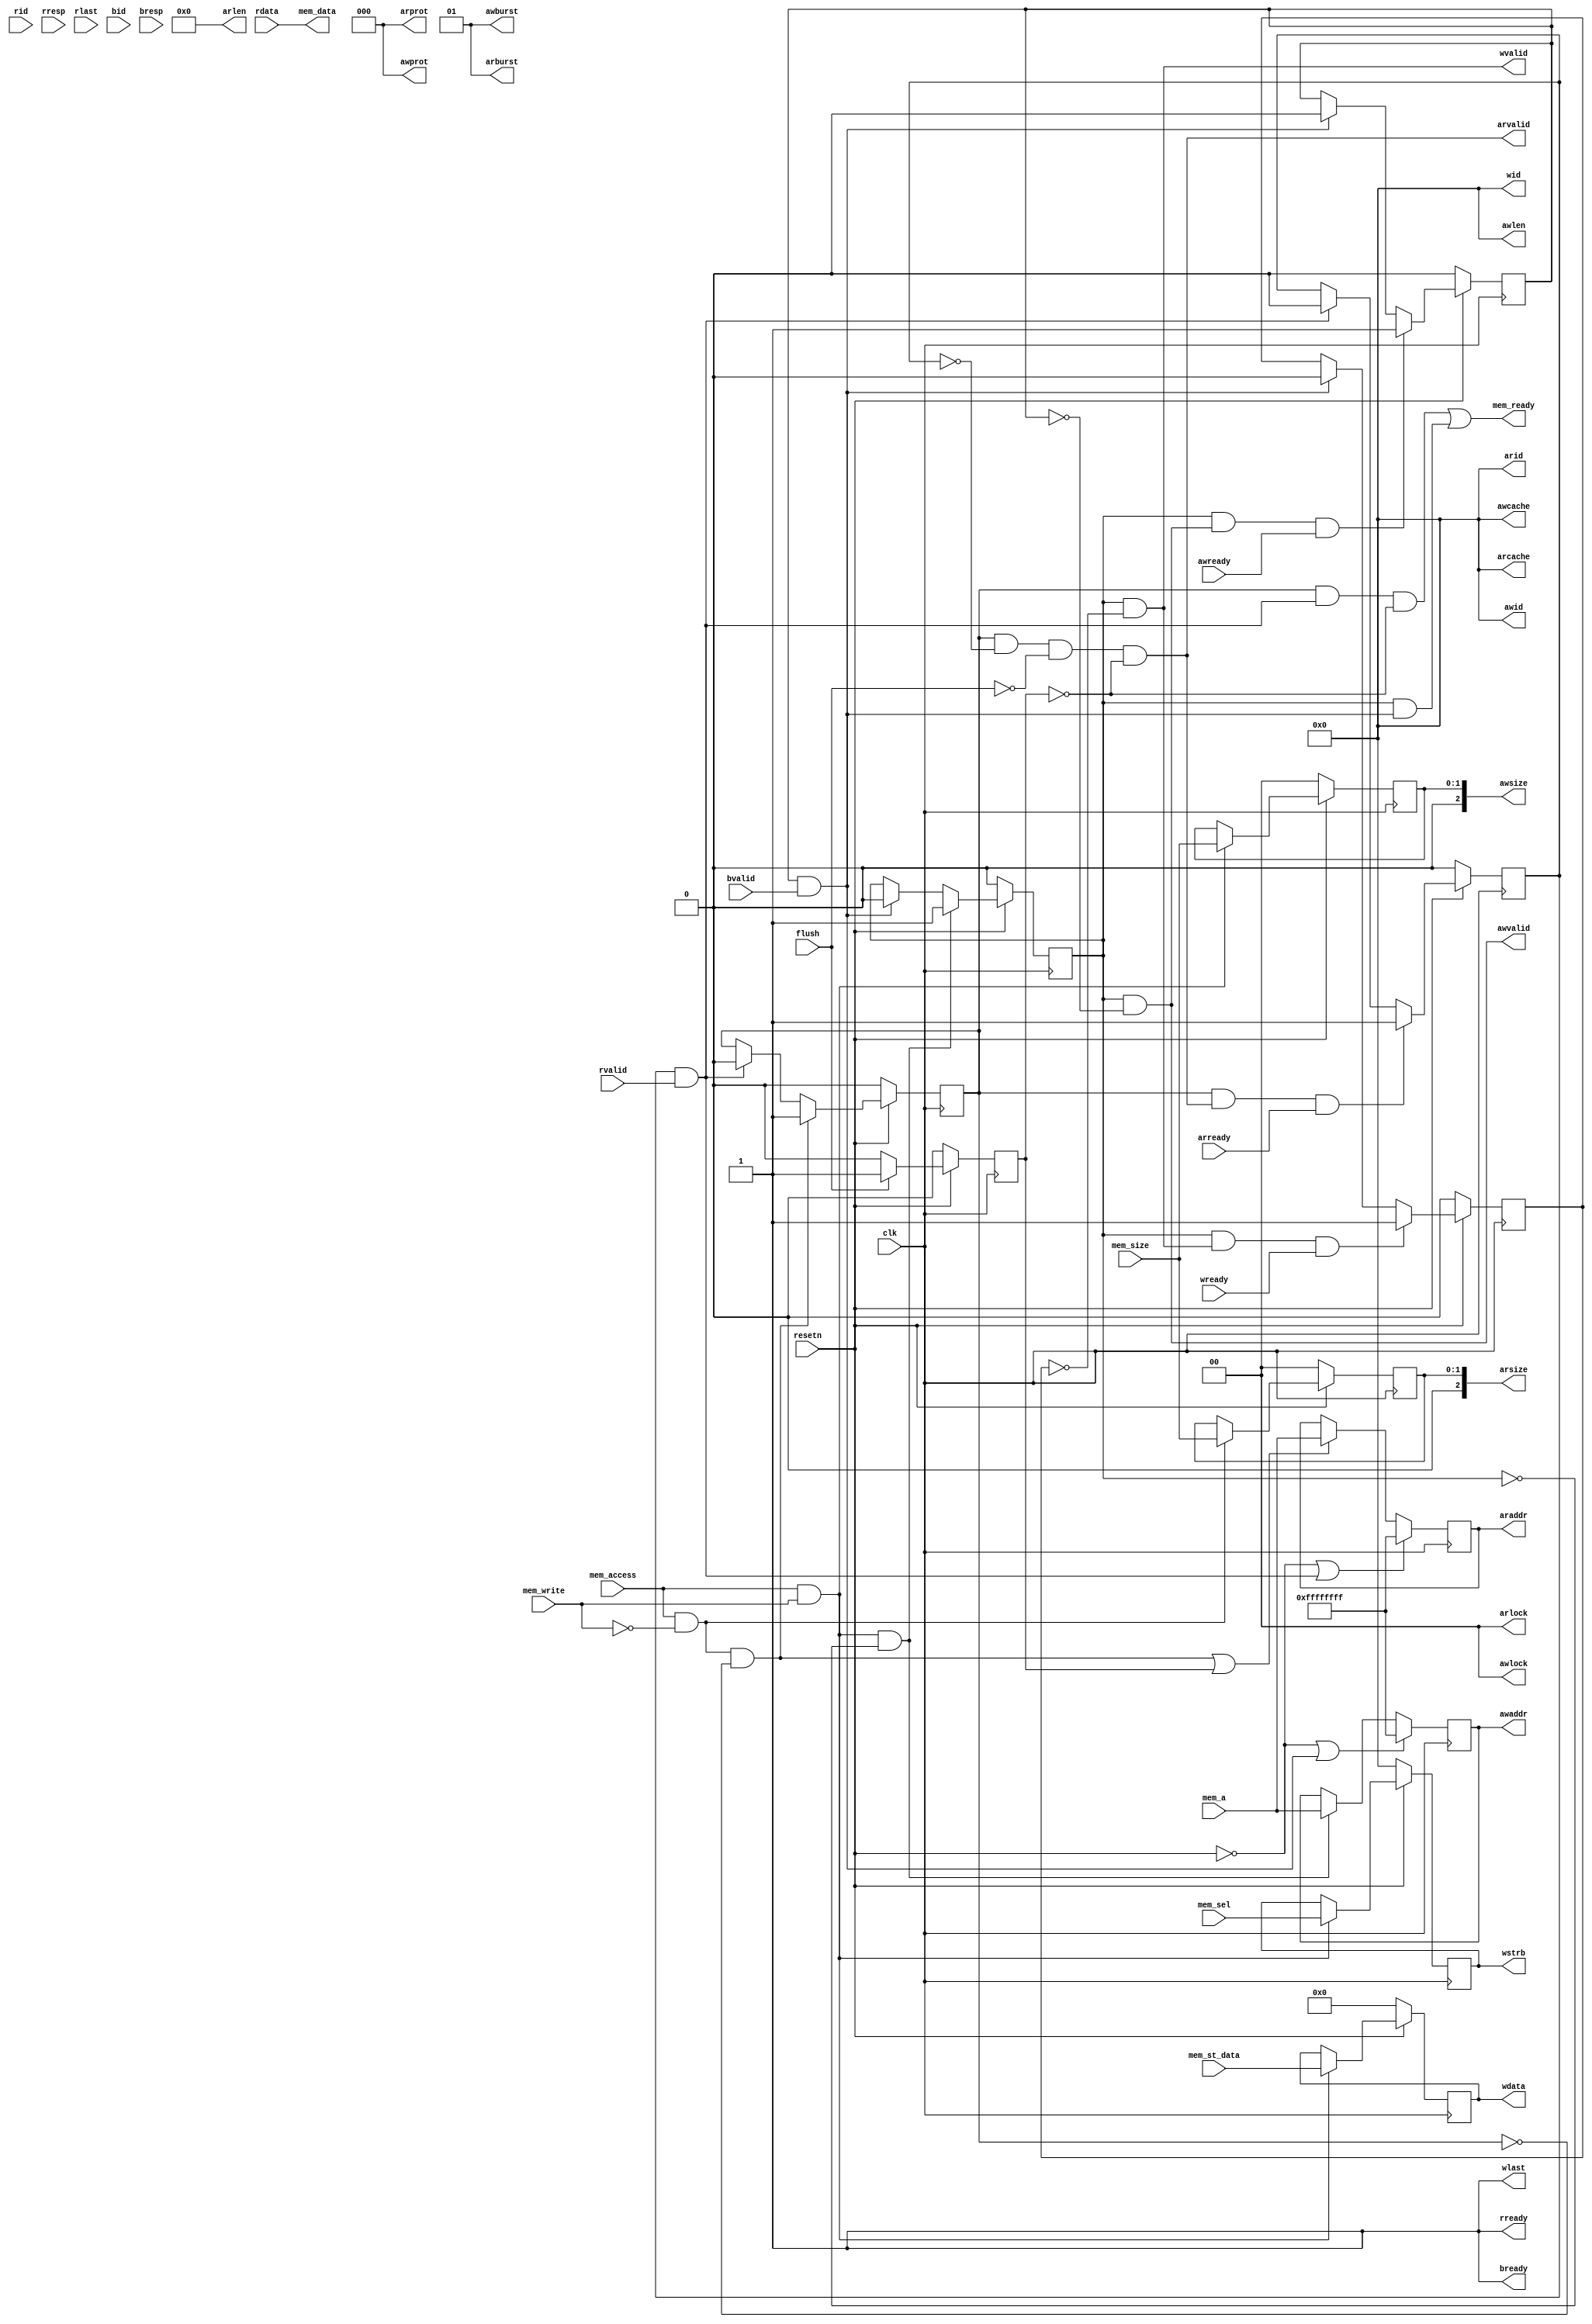
`timescale 1ns / 1ps
//////////////////////////////////////////////////////////////////////////////////
// Company: 
// Engineer: 
// 
// Design Name: 
// Module Name: axi_interface
// Project Name: 
// Target Devices: 
// Tool Versions: 
// Description: 
// 
// Dependencies: 
// 
// Revision:
// Revision 0.01 - File Created
// Additional Comments:
// 
//////////////////////////////////////////////////////////////////////////////////


module axi_interface(
    input wire clk,
    input wire resetn,
    
    //cache port
    input wire[31:0] mem_a,
    input wire mem_access,
    input wire mem_write,
    input wire[1:0] mem_size,
    input wire[3:0] mem_sel,
    output wire mem_ready,
    input wire[31:0] mem_st_data,
    output wire[31:0] mem_data,

    input wire flush,

    // axi port
    //ar
    output wire[3:0] arid,      //read request id, fixed 4'b0
    output wire[31:0] araddr,   //read request address
    output wire[7:0] arlen,     //read request transfer length(beats), fixed 4'b0
    output wire[2:0] arsize,    //read request transfer size(bytes per beats)
    output wire[1:0] arburst,   //transfer type, fixed 2'b01
    output wire[1:0] arlock,    //atomic lock, fixed 2'b0
    output wire[3:0] arcache,   //cache property, fixed 4'b0
    output wire[2:0] arprot,    //protect property, fixed 3'b0
    output wire arvalid,        //read request address valid
    input wire arready,         //slave end ready to receive address transfer
    //r              
    input wire[3:0] rid,        //equal to arid, can be ignored
    input wire[31:0] rdata,     //read data
    input wire[1:0] rresp,      //this read request finished successfully, can be ignored
    input wire rlast,           //the last beat data for this request, can be ignored
    input wire rvalid,          //read data valid
    output wire rready,         //master end ready to receive data transfer
    //aw           
    output wire[3:0] awid,      //write request id, fixed 4'b0
    output wire[31:0] awaddr,   //write request address
    output wire[3:0] awlen,     //write request transfer length(beats), fixed 4'b0
    output wire[2:0] awsize,    //write request transfer size(bytes per beats)
    output wire[1:0] awburst,   //transfer type, fixed 2'b01
    output wire[1:0] awlock,    //atomic lock, fixed 2'b01
    output wire[3:0] awcache,   //cache property, fixed 4'b01
    output wire[2:0] awprot,    //protect property, fixed 3'b01
    output wire awvalid,        //write request address valid
    input wire awready,         //slave end ready to receive address transfer
    //w          
    output wire[3:0] wid,       //equal to awid, fixed 4'b0
    output wire[31:0] wdata,    //write data
    output wire[3:0] wstrb,     //write data strobe select bit
    output wire wlast,          //the last beat data signal, fixed 1'b1
    output wire wvalid,         //write data valid
    input wire wready,          //slave end ready to receive data transfer
    //b              
    input  wire[3:0] bid,       //equal to wid,awid, can be ignored
    input  wire[1:0] bresp,     //this write request finished successfully, can be ignored
    input wire bvalid,          //write data valid
    output wire bready          //master end ready to receive write response

    );
    reg [3:0] write_wen;
    reg  read_req;
	reg  write_req;
	reg  [1:0]  read_size;
	reg  [1:0]  write_size;
	reg  [31:0] read_addr;
	reg  [31:0] write_addr;
	reg  [31:0] write_data;
	reg  read_addr_finish;
	reg  write_addr_finish;
	reg  write_data_finish;
		
	wire read_finish;
	wire write_finish;

    wire read = mem_access && ~mem_write;
    wire write = mem_access && mem_write;

    reg flush_reg;

    always @(posedge clk) begin
        flush_reg <= ~resetn ? 1'b0:
                    flush ? 1'b1:
                    1'b0; 
    end

    always @(posedge clk) begin

        read_req   <= (~resetn) ? 1'b0 :
				 	  (read && ~read_req) ? 1'b1 :
			 		  (read_finish) ? 1'b0 : 
					  read_req;

        read_addr <= (~resetn || read_finish) ? 32'hffffffff : 
	                 (read && ~read_req || flush_reg) ? mem_a :
	                 read_addr;

        read_size  <= (~resetn) ? 2'b00 :
					  (read) ? mem_size :
					  read_size;

        write_req  <= (~resetn) ? 1'b0 :
					  (write && ~write_req) ? 1'b1 :
					  (write_finish) ? 1'b0 : 
					  write_req;

        write_addr <= (~resetn || write_finish) ? 32'hffffffff : 
                      (write && ~write_req) ? mem_a :                     
                      write_addr;

        write_size <= (~resetn) ? 2'b00 :
					  (write) ? mem_size :
					  write_size;

        write_wen <= (~resetn) ? 4'b0000 :
                    (write) ? mem_sel:
                    write_wen;

        write_data <= (~resetn) ? 32'b0 :
                    (write) ? mem_st_data:
                    write_data;
    end

    always @(posedge clk) begin
		read_addr_finish  <= (~resetn) ? 1'b0 :
		                     (read_req && arvalid && arready) ? 1'b1 :
						 	 (read_finish) ? 1'b0 :
					 		 read_addr_finish;
		write_addr_finish <= (~resetn) ? 1'b0 :
							 (write_req && awvalid && awready) ? 1'b1 :
							 (write_finish) ? 1'b0 :
							 write_addr_finish;
		write_data_finish <= (~resetn) ? 1'b0 :
							 (write_req && wvalid && wready) ? 1'b1 :
							 (write_finish) ? 1'b0 :
							 write_data_finish;
	end


    assign mem_ready = read_req && read_finish && ~flush_reg|| write_req && write_finish;
	
	assign mem_data = rdata;	

    assign read_finish = read_addr_finish && rvalid && rready;
	assign write_finish = write_addr_finish && bvalid && bready;
		
	
	assign arid = 4'b0;
	assign araddr = read_addr;
    assign arlen = 8'b0;
	assign arsize = read_size;
    assign arburst = 2'b01;
    assign arlock = 2'b0;
    assign arcache = 4'b0;
    assign arprot = 3'b0;
	assign arvalid = read_req && ~read_addr_finish && ~flush && ~flush_reg;

	assign rready = 1'b1;
	
	assign awid = 4'b0;
	assign awaddr = write_addr;
    assign awlen = 8'b0;
	assign awsize = write_size;
    assign awburst = 2'b01;
    assign awlock = 2'b0;
    assign awcache = 4'b0;
    assign awprot = 3'b0;
	assign awvalid = write_req && ~write_addr_finish;

	assign wid = 4'b0;
	assign wdata = write_data;
	assign wstrb = write_wen;
    assign wlast = 1'b1;
	assign wvalid = write_req && ~write_data_finish;

	assign bready = 1'b1;
    
endmodule